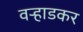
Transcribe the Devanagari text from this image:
वऱ्हाडकर